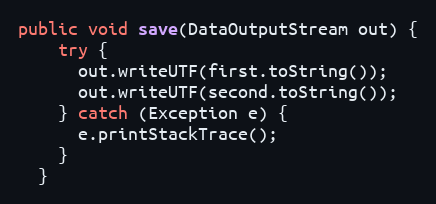
Language: Java
public void save(DataOutputStream out) {
    try {
      out.writeUTF(first.toString());
      out.writeUTF(second.toString());
    } catch (Exception e) {
      e.printStackTrace();
    }
  }